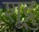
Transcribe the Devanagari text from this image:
शूद्रु